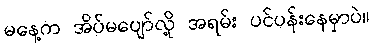
မနေ့က အိပ်မပျော်လို့ အရမ်း ပင်ပန်းနေမှာပဲ။